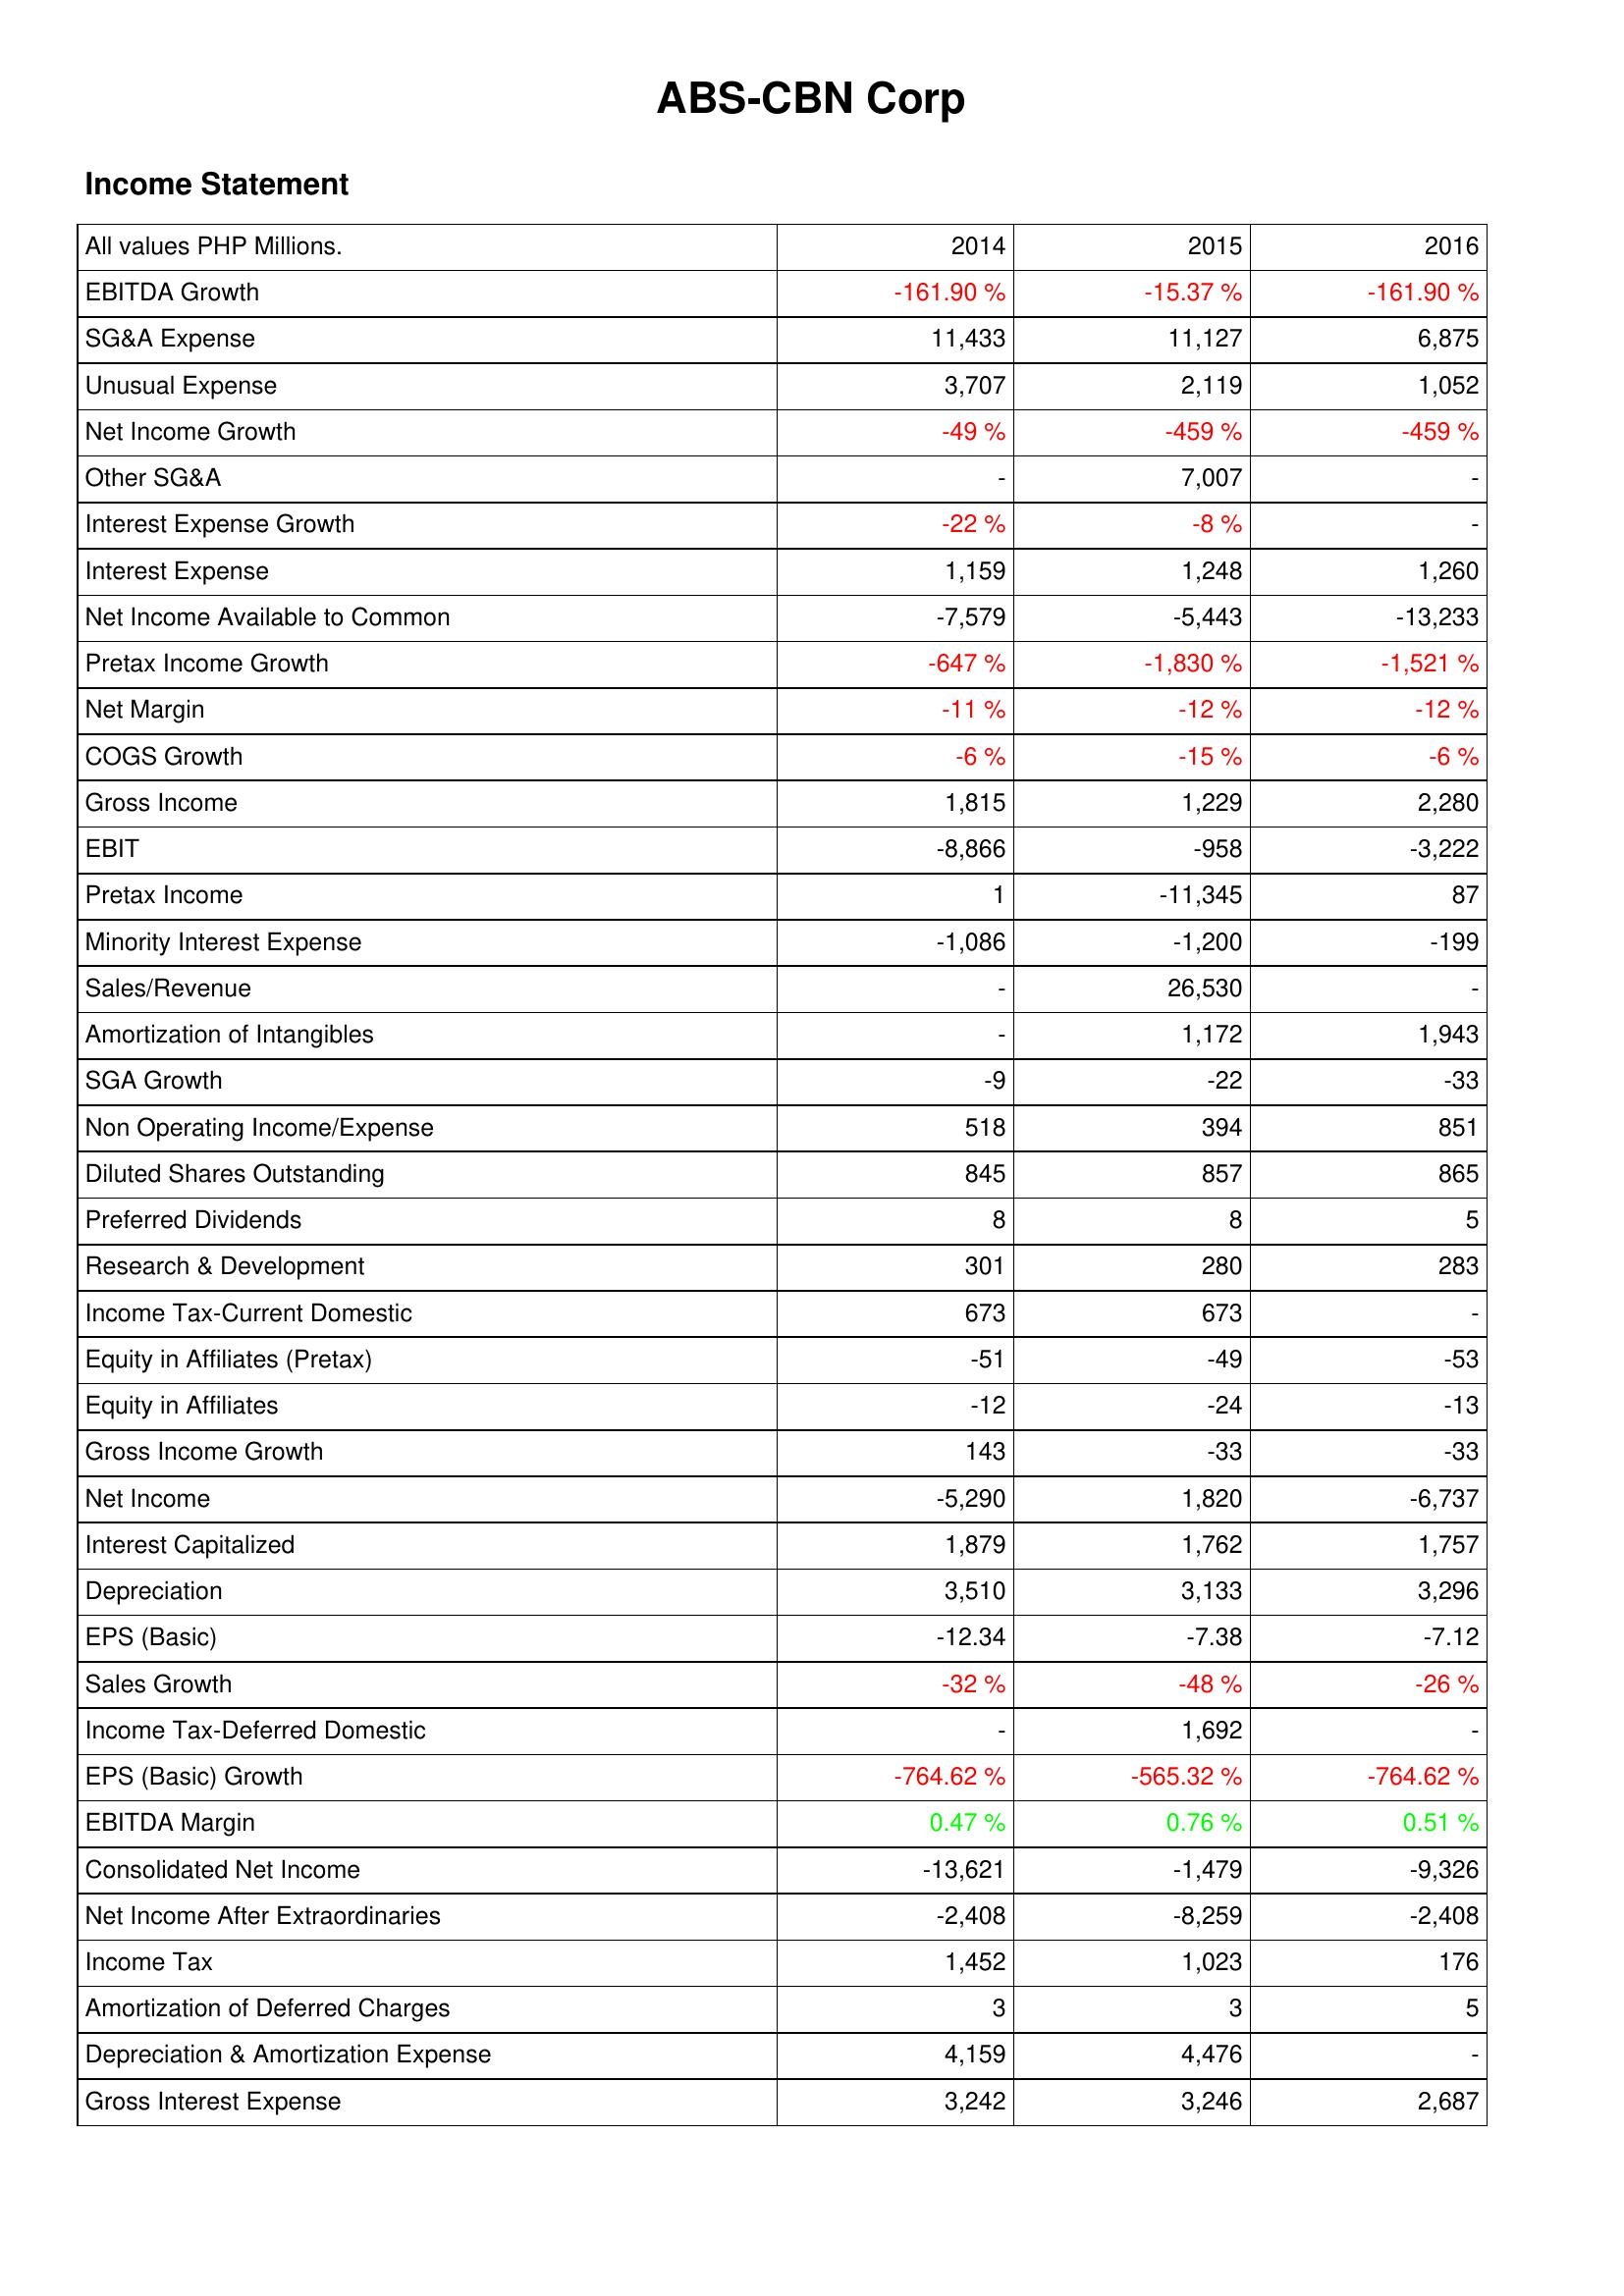
2014: Income Statement: EBITDA Growth: -161.90 %
SG&A Expense: 11,433
Unusual Expense: 3,707
Net Income Growth: -49 %
Other SG&A: -
Interest Expense Growth: -22 %
Interest Expense: 1,159
Net Income Available to Common: -7,579
Pretax Income Growth: -647 %
Net Margin: -11 %
COGS Growth: -6 %
Gross Income: 1,815
EBIT: -8,866
Pretax Income: 1
Minority Interest Expense: -1,086
Sales/Revenue: -
Amortization of Intangibles: -
SGA Growth: -9
Non Operating Income/Expense: 518
Diluted Shares Outstanding: 845
Preferred Dividends: 8
Research & Development: 301
Income Tax-Current Domestic: 673
Equity in Affiliates (Pretax): -51
Equity in Affiliates: -12
Gross Income Growth: 143
Net Income: -5,290
Interest Capitalized: 1,879
Depreciation: 3,510
EPS (Basic): -12.34
Sales Growth: -32 %
Income Tax-Deferred Domestic: -
EPS (Basic) Growth: -764.62 %
EBITDA Margin: 0.47 %
Consolidated Net Income: -13,621
Net Income After Extraordinaries: -2,408
Income Tax: 1,452
Amortization of Deferred Charges: 3
Depreciation & Amortization Expense: 4,159
Gross Interest Expense: 3,242
2015: Income Statement: EBITDA Growth: -15.37 %
SG&A Expense: 11,127
Unusual Expense: 2,119
Net Income Growth: -459 %
Other SG&A: 7,007
Interest Expense Growth: -8 %
Interest Expense: 1,248
Net Income Available to Common: -5,443
Pretax Income Growth: -1,830 %
Net Margin: -12 %
COGS Growth: -15 %
Gross Income: 1,229
EBIT: -958
Pretax Income: -11,345
Minority Interest Expense: -1,200
Sales/Revenue: 26,530
Amortization of Intangibles: 1,172
SGA Growth: -22
Non Operating Income/Expense: 394
Diluted Shares Outstanding: 857
Preferred Dividends: 8
Research & Development: 280
Income Tax-Current Domestic: 673
Equity in Affiliates (Pretax): -49
Equity in Affiliates: -24
Gross Income Growth: -33
Net Income: 1,820
Interest Capitalized: 1,762
Depreciation: 3,133
EPS (Basic): -7.38
Sales Growth: -48 %
Income Tax-Deferred Domestic: 1,692
EPS (Basic) Growth: -565.32 %
EBITDA Margin: 0.76 %
Consolidated Net Income: -1,479
Net Income After Extraordinaries: -8,259
Income Tax: 1,023
Amortization of Deferred Charges: 3
Depreciation & Amortization Expense: 4,476
Gross Interest Expense: 3,246
2016: Income Statement: EBITDA Growth: -161.90 %
SG&A Expense: 6,875
Unusual Expense: 1,052
Net Income Growth: -459 %
Other SG&A: -
Interest Expense Growth: -
Interest Expense: 1,260
Net Income Available to Common: -13,233
Pretax Income Growth: -1,521 %
Net Margin: -12 %
COGS Growth: -6 %
Gross Income: 2,280
EBIT: -3,222
Pretax Income: 87
Minority Interest Expense: -199
Sales/Revenue: -
Amortization of Intangibles: 1,943
SGA Growth: -33
Non Operating Income/Expense: 851
Diluted Shares Outstanding: 865
Preferred Dividends: 5
Research & Development: 283
Income Tax-Current Domestic: -
Equity in Affiliates (Pretax): -53
Equity in Affiliates: -13
Gross Income Growth: -33
Net Income: -6,737
Interest Capitalized: 1,757
Depreciation: 3,296
EPS (Basic): -7.12
Sales Growth: -26 %
Income Tax-Deferred Domestic: -
EPS (Basic) Growth: -764.62 %
EBITDA Margin: 0.51 %
Consolidated Net Income: -9,326
Net Income After Extraordinaries: -2,408
Income Tax: 176
Amortization of Deferred Charges: 5
Depreciation & Amortization Expense: -
Gross Interest Expense: 2,687